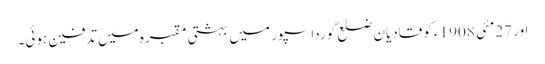
اور 27مئی 1908ء کو قادیان ضلع گورداسپور میں بہشتی مقبرہ میں تدفین ہوئی۔